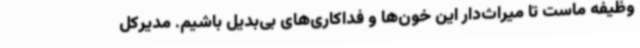
وظیفه ماست تا میراث‌دار این خون‌ها و فداکاری‌های بی‌بدیل باشیم. مدیرکل